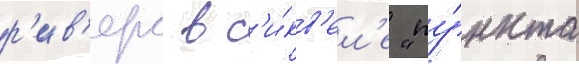
р'ив'ерс в с'и́кв'ел'е "пу́нкта